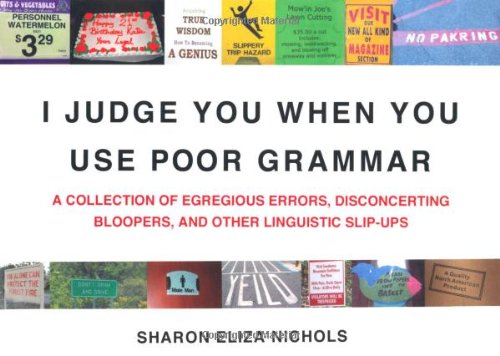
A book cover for I Judge You When You Use Poor Grammar: A Collection of Egregious Errors, Disconcerting Bloopers, and Other Linguistic Slip-Ups; Sharon Eliza Nichols; Reference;